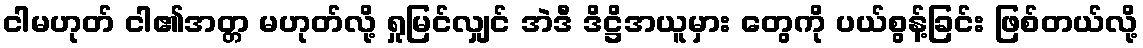
ငါမဟုတ် ငါ၏အတ္တ မဟုတ်လို့ ရှုမြင်လျှင် အဲဒီ ဒိဋ္ဌိအယူမှား တွေကို ပယ်စွန့်ခြင်း ဖြစ်တယ်လို့